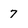
Character: 7